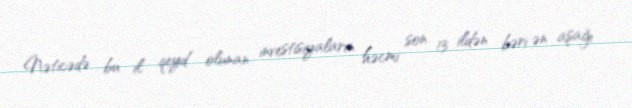
Nəticədə bu il qeyd olunan investisiyaların həcmi son 13 ildən bəri ən aşağı